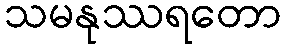
သမနုဿရတော